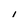
Character: I